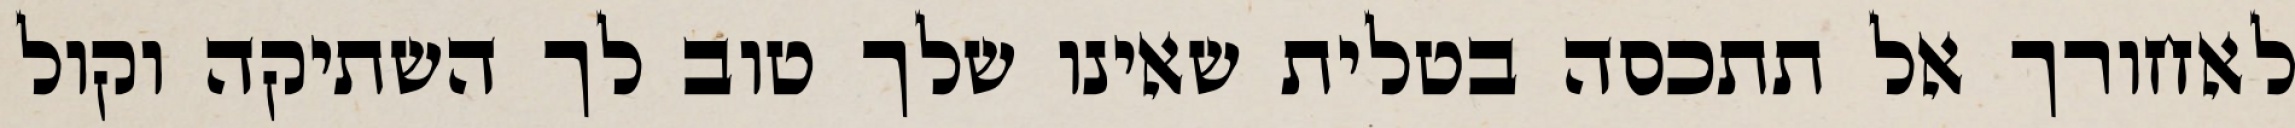
לאחורך אל תתכסה בטלית שאינו שלך טוב לך השתיקה וקול